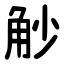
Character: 觘